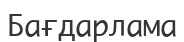
Бағдарлама